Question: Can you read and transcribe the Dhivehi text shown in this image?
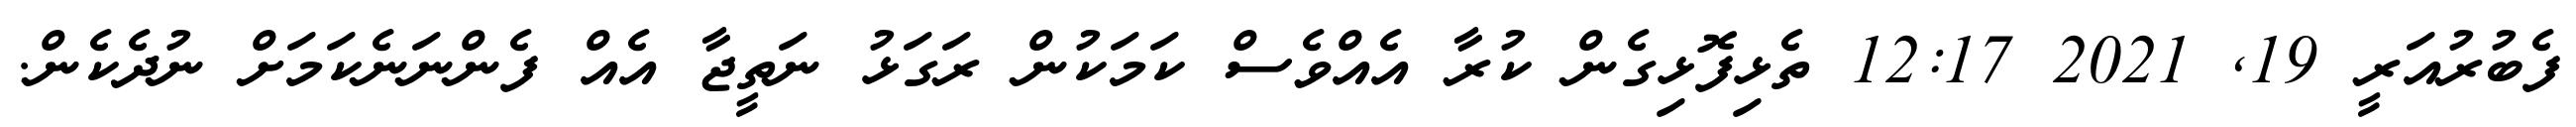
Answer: ފެބުރުއަރީ 19, 2021 12:17 ތެޅިފޮޅިގެން ކުރާ އެއްވެސް ކަމަކުން ރަގަޅު ނަތީޖާ އެއް ފެންނަނެކަމަށް ނުދެކެން.